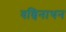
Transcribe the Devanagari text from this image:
वन्चिनाथन